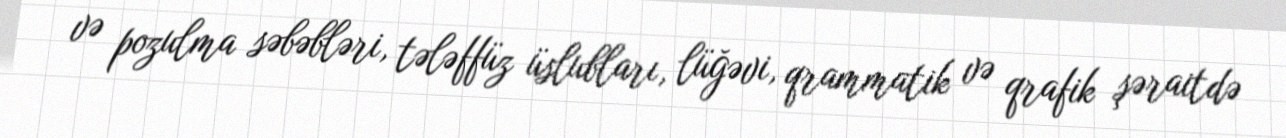
və pozulma səbəbləri, tələffüz üslubları, lüğəvi, qrammatik və qrafik şəraitdə